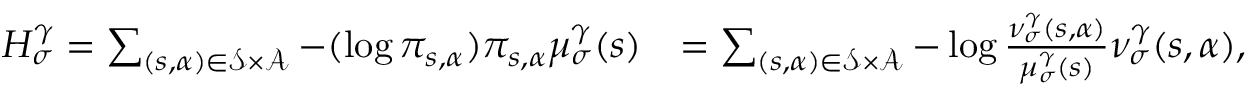
\begin{array} { r l } { H _ { \sigma } ^ { \gamma } = \sum _ { ( s , \alpha ) \in \mathcal { S } \times \mathcal { A } } - ( \log \pi _ { s , \alpha } ) \pi _ { s , \alpha } \mu _ { \sigma } ^ { \gamma } ( s ) } & { = \sum _ { ( s , \alpha ) \in \mathcal { S } \times \mathcal { A } } - \log \frac { \nu _ { \sigma } ^ { \gamma } ( s , \alpha ) } { \mu _ { \sigma } ^ { \gamma } ( s ) } \nu _ { \sigma } ^ { \gamma } ( s , \alpha ) , } \end{array}